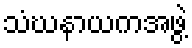
သံဃနာယကအဖွဲ့